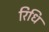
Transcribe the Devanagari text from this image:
रिधि